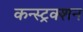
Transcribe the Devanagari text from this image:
कन्स्ट्रक्‍शन